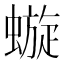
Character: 𧐗